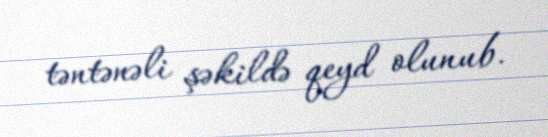
təntənəli şəkildə qeyd olunub.